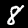
Digit: 8